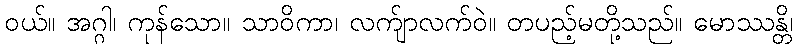
ဝယ်။ အဂ္ဂါ၊ ကုန်သော။ သာဝိကာ၊ လက်ျာလက်ဝဲ။ တပည့်မတို့သည်။ မောဿန္တိ၊